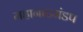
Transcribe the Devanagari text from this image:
महानाटमंडप